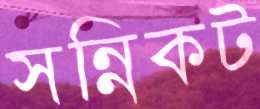
সন্নিকট